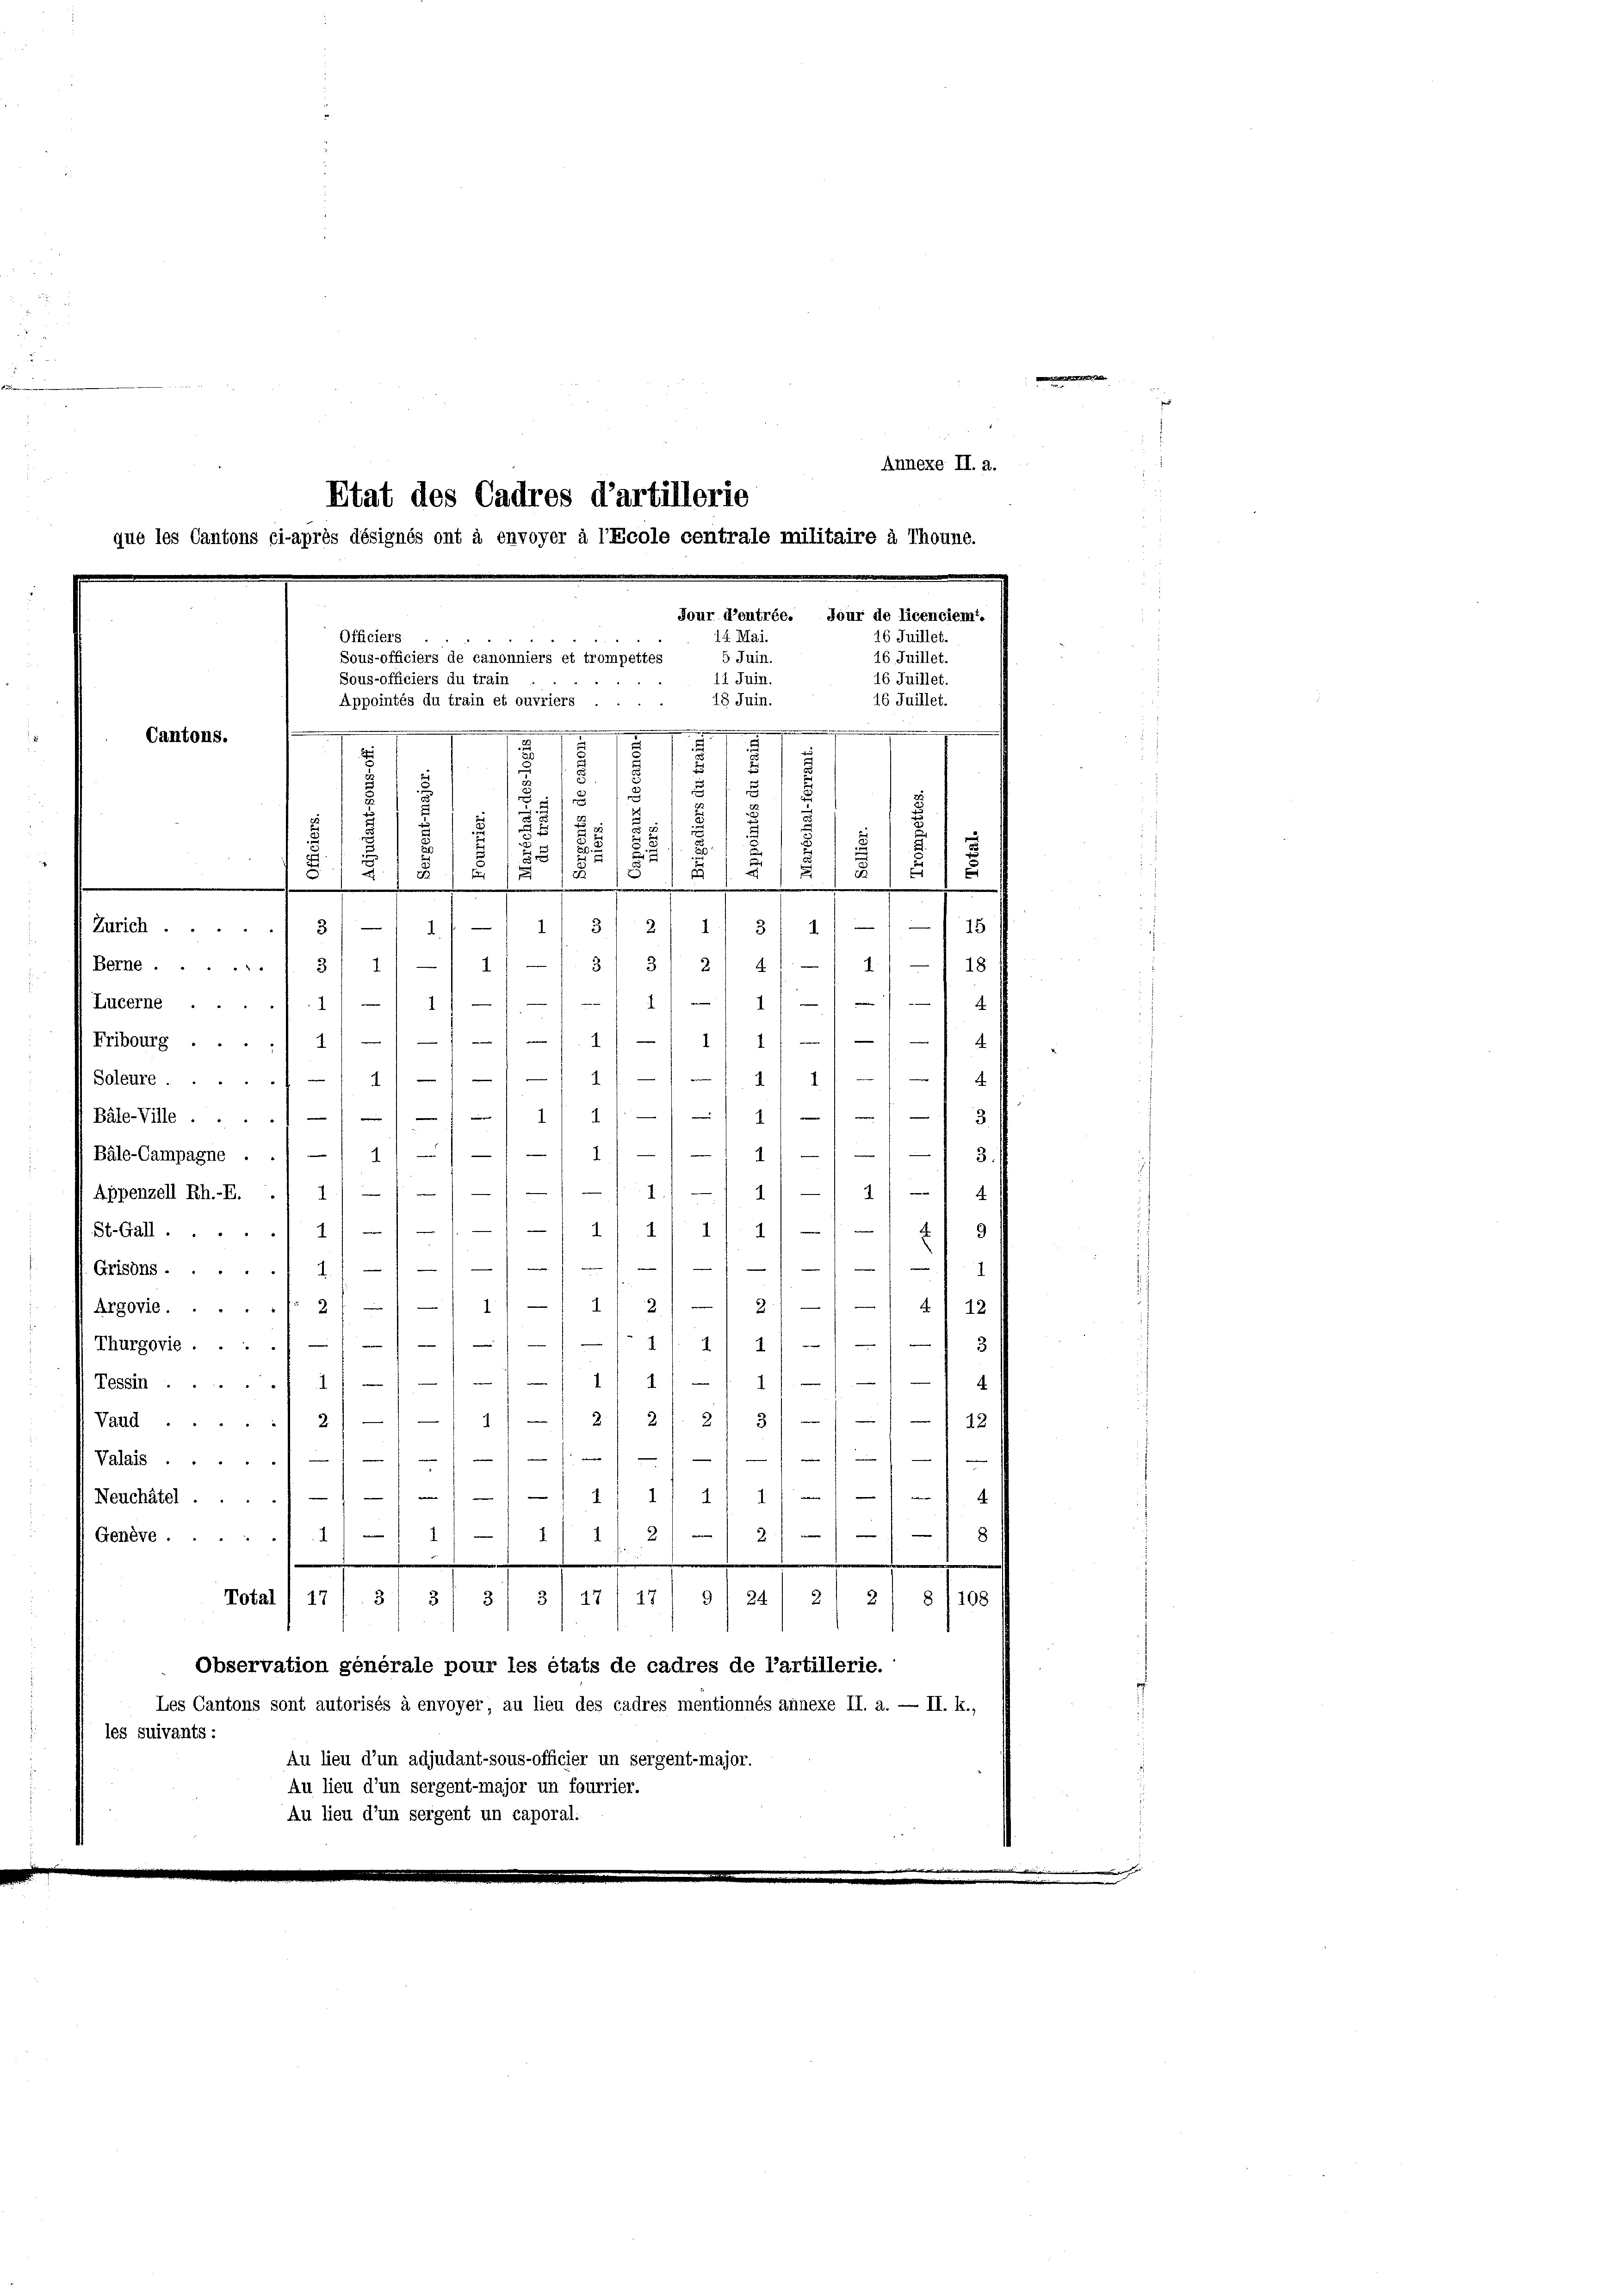
Annexe II. a.
Etat des Cadres d’artillerie
que les Cantons ci-après désignés ont à envoyer à l’Ecole centrale militaire à Thoune.

Cantons.
5

¬
i
2
2
u
d
1
u
2
3
.
.
.
.
3
2/ 1
13
Zürich 3/ —
15
1
Berne.13/ 1) — 1) -/ 3/ 31 2/ 41/ 1/ -) 18
1
1111
4
Lucerne
/1/1 11 11 - 1/4
Fribourg
4111 4
Soleure.
1 3
Bäle-Ville .
/11 1
1
I
14)
Bäle-Campagne
3.
2
2
Appenzell Rh.-E.
.
4
4/4/4/11 1/
St.Gall.
2
e
.
7
Grisons . .
n
Argovie...... 2/ 1/ 1) -/ 1/2 1 - 2) — 1) 4) 12
Thurgorie .... 1/11/11 11 11/1) 3

4
2
1
Tessin
1
Vaud 2) — / — 1) — 21 2/. 2) 3) 1) — / 42

Valais.//////
dd 11 v. 4.
Neuchâtel.
8
8/11 2/2/1
1
Genève.11)
.
Total 1 17
3/ 31 3/ 31 17/17' g 1 24 2/ 21 § 1108
Observation générale pour les états de cadres de l’artillerie.
Les Cantons sont autorisés à envoyer, au lieu des cadres mentionnés annexe II. a. — II. k.,
les suivants:
Au lieu d’un adjudant-sous-officier un sergent-major.
Au lieu d’un sergent-major un fourrier.
Au lieu d’un sergent un caporal.

Jour d’entrée. Jour de licenciem.
14 Mai.
16 Juillet.
Officiers

5 Juin.
Sous-officiers de canonniers et trompettes
16 Juillet.
11 Juin.
16 Juillet.
Sous-officiers du train
16 Juillet.
18 Juin.
Appointés du train et ouvriers ....
...............
2
e
d
.
.

s
1
¬
2
i
.
77
E
.

3